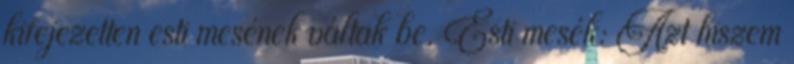
kifejezetten esti mesének váltak be. Esti mesék: Azt hiszem